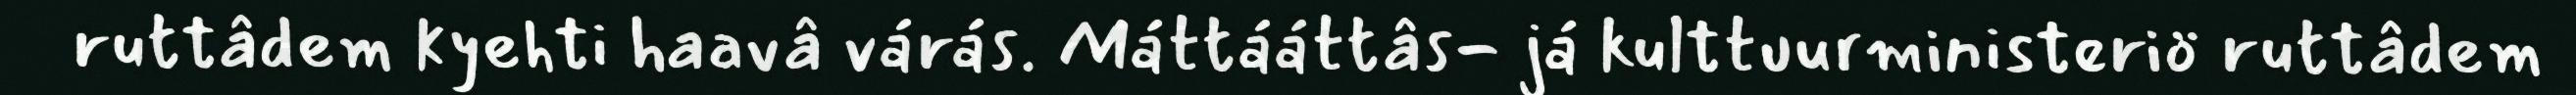
ruttâdem kyehti haavâ várás. Máttááttâs- já kulttuurministeriö ruttâdem